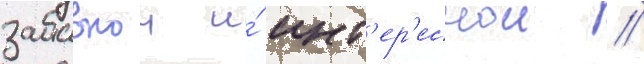
забавнои и́ инт'ер'еснои //